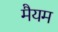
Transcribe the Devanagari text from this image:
मैयम